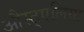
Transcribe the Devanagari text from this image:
औस्ट्एलिया